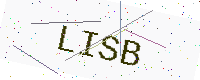
Text: LISB